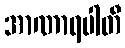
အာဏာရပါတီ